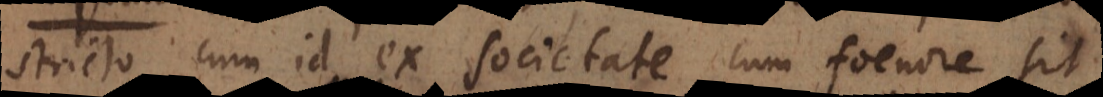
stricto, cum id ex societate cum foenore sit